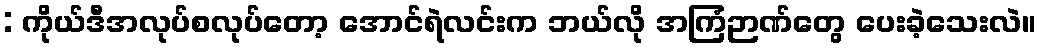
: ကိုယ်ဒီအလုပ်စလုပ်တော့ အောင်ရဲလင်းက ဘယ်လို အကြံဉာဏ်တွေ ပေးခဲ့သေးလဲ။